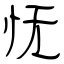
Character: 怃